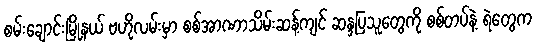
စမ်းချောင်းမြို့နယ် ဗဟိုလမ်းမှာ စစ်အာဏာသိမ်းဆန့်ကျင် ဆန္ဒပြသူတွေကို စစ်တပ်နဲ့ ရဲတွေက